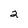
Character: 2